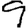
Digit: 9